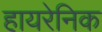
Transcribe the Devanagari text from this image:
हायरेनिक